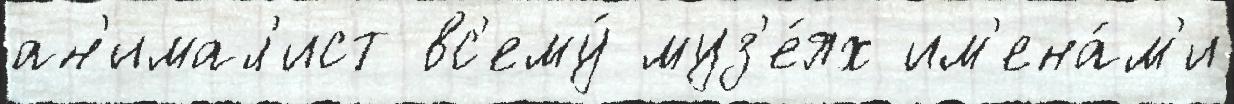
ан'имал'ист вс'ему́ муз'е́ях им'ена́м'и